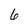
Character: 6